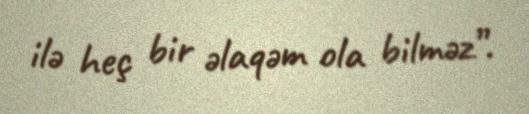
ilə heç bir əlaqəm ola bilməz”.